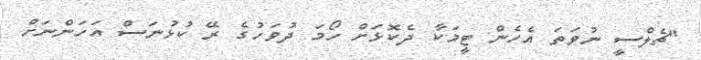
"ޗެލްސީ ނުވަތަ އެހެން ޓީމަކާ ދެކޮޅަށް ހޯމަ ދުވަހުގެ ރޭ ކުޅުނަސް އަހަންނަށް